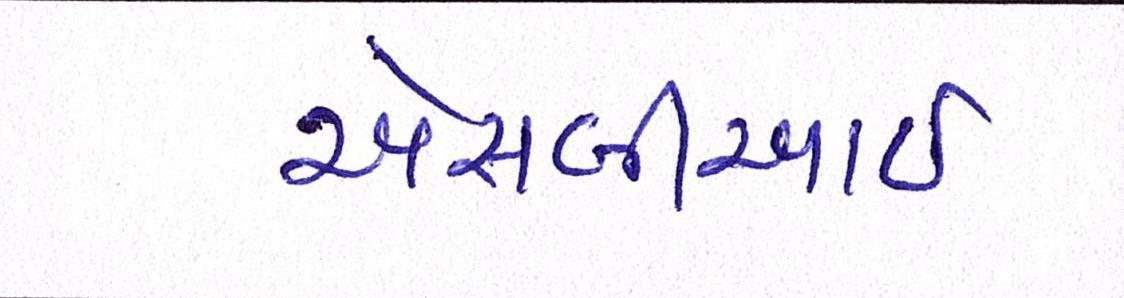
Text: એસબીઆઇ